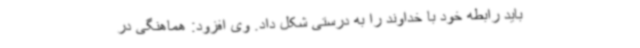
باید رابطه خود با خداوند را به درستی شکل داد. وی افزود: هماهنگی در